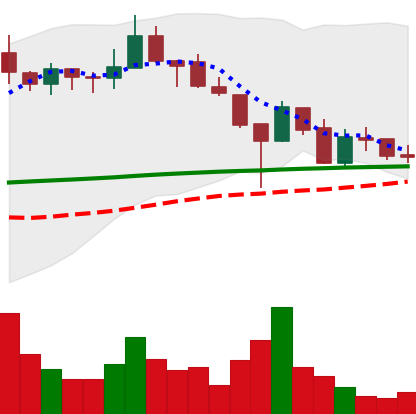
Ticker: LINK-USD
Chart end date: 2019-02-04
Forward return: 17.716%
Label: up_7plus